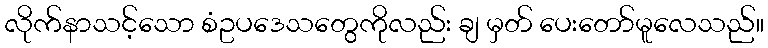
လိုက်နာသင့်သော စံဥပဒေသတွေကိုလည်း ချ မှတ် ပေးတော်မူလေသည်။